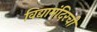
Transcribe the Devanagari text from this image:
विद्यामंदिरची